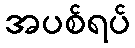
အပစ်ရပ်